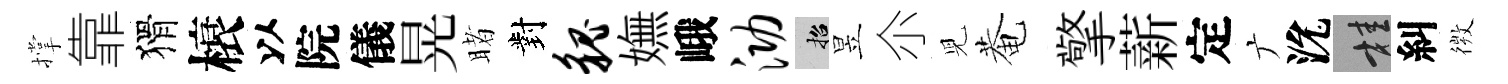
撑靠猾榱以院儀晃睹對貌嫵峨泐招昱尒児菴擎薪定广沇桂糾𢕄